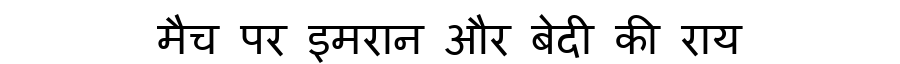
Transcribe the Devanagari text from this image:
मैच पर इमरान और बेदी की राय